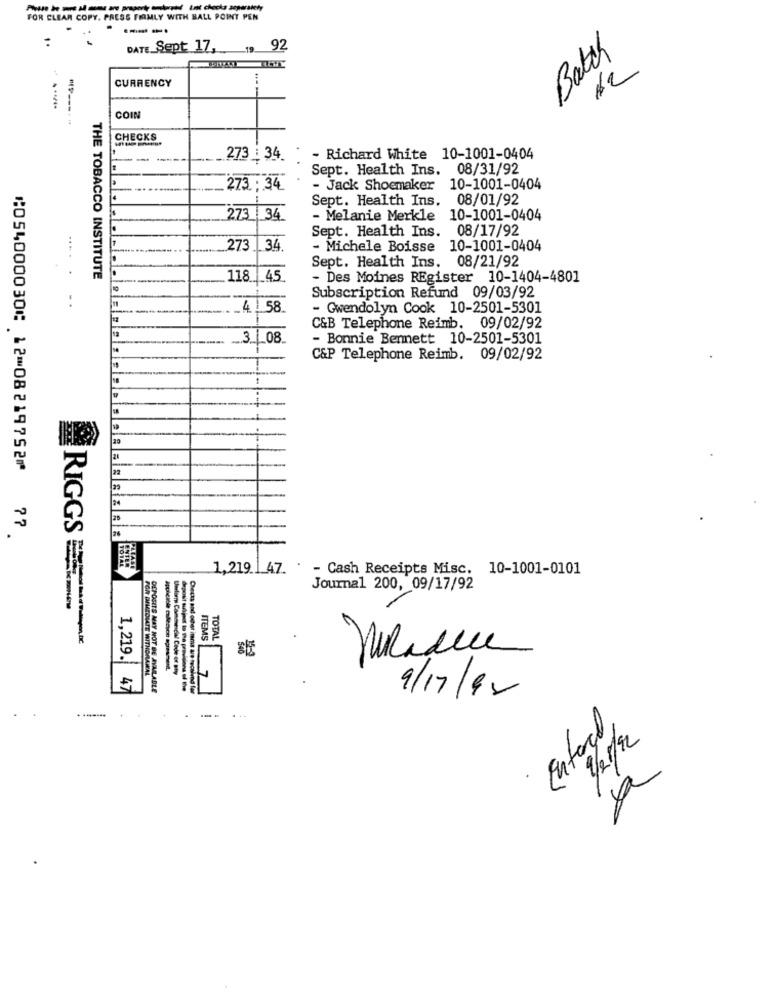
FOR CLEAR COPY. PRESS FIRMLY WITH BALL POINT PEN
----.
DATE Sept 17,
92
Batch
12
CURRENCY
---
------
COIN
CHECKS
273 34.
- Richard White 10-1001-0404
Sept. Health Ins. 08/31/92
273 ; 34
- Jack Shoemaker 10-1001-0404
Sept. Health Ins. 08/01/92
273 34
- Melanie Merkle 10-1001-0404
Sept. Health Ins. 08/17/92
273
34.
- Michele Boisse 10-1001-0404
Sept. Health Ins. 08/21/92
THE TOBACCO INSTITUTE
118. 45.
- Des Moines REgister 10-1404-4801
Subscription Refund 09/03/92
58
- Gwendolyn Cook 10-2501-5301
C&B Telephone Reimb. 09/02/92
3 __ 08_
- Bonnie Bennett 10-2501-5301
C&P Telephone Reimb. 09/02/92
--
20
⑆054000030⑆ 12⑉08219752⑈
14
25
77
RIGGS
1,219.1 47. . - Cash Receipts Misc. 10-1001-0101
Journal 200, 09/17/92
ITEMS
TOTAL
1,219.
ATE WITHORA
7
47
DEPOSITS MAY NOT BE AVAILABLE
Checks and oder items are tecalind for
9/17/92
.
...
---
Entered
2/25/92